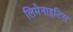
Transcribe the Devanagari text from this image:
लिमेनाइटिस